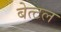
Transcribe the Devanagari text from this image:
बेत्टल